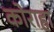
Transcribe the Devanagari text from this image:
कोराहा